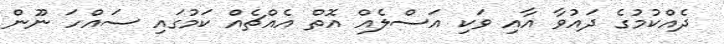
ދެއްކުމުގެ ދައުވާ އާއި ވަކި އަސްލެއް އޮތް އެއްޗެއް ކަމުގައި ސައްހަ ނޫން